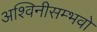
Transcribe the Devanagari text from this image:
अश्विनीसम्भवो